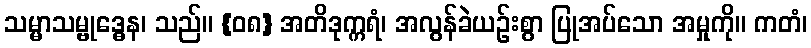
သမ္မာသမ္ဗုဒ္ဓေန၊ သည်။ {၀၈} အတိဒုက္ကရံ၊ အလွန်ခဲယဉ်းစွာ ပြုအပ်သော အမှုကို။ ကတံ၊